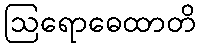
ဩရောဓေထာတိ